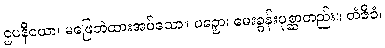
ဌပနီယော၊ မဖြေဘဲထားအပ်သော။ ပဉှော၊ မေးခွန်းပုစ္ဆာတည်း။ တံဇီဝံ၊